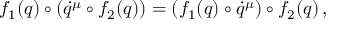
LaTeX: f _ { 1 } ( q ) \circ ( \dot { q } ^ { \mu } \circ f _ { 2 } ( q ) ) = ( f _ { 1 } ( q ) \circ \dot { q } ^ { \mu } ) \circ f _ { 2 } ( q ) \, ,